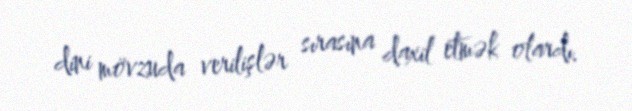
dini mövzuda verilişlər sırasına daxil etmək olardı.